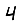
Digit: 4